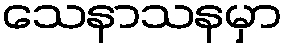
သေနာသနမှာ